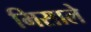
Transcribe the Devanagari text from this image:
मिसाले